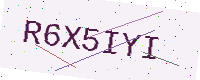
Text: R6X5IYI